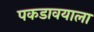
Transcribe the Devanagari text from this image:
पकडावयाला